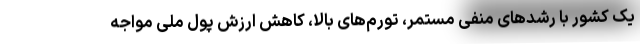
یک کشور با رشدهای منفی مستمر، تورم‌های بالا، کاهش ارزش پول ملی مواجه